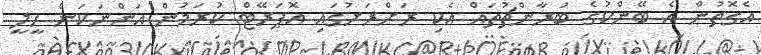
އެގޮތުން އެ ބޭންކުގެ ބުރާންޗުތައް އެކި ރަށްރަށުގައި އޮޕަރޭޓް ކުރަމުން އަންނަކަން ހީލީ